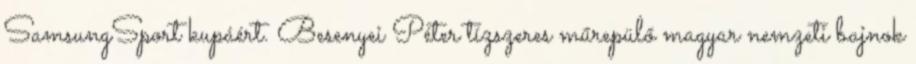
SamsungSport kupáért. Besenyei Péter tízszeres műrepülő magyar nemzeti bajnok